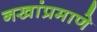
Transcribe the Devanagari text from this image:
नखांप्रमाणे